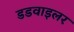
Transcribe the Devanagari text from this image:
डडवाइलर